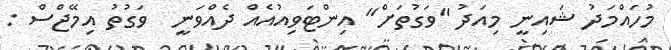
މުހައްމަދު ޝައިނީ މިއަދު "ވަގުތަށް" އިންޓަވިއުއެއް ދެއްވަނީ  ވަގުތު އިމޭޖްސް :